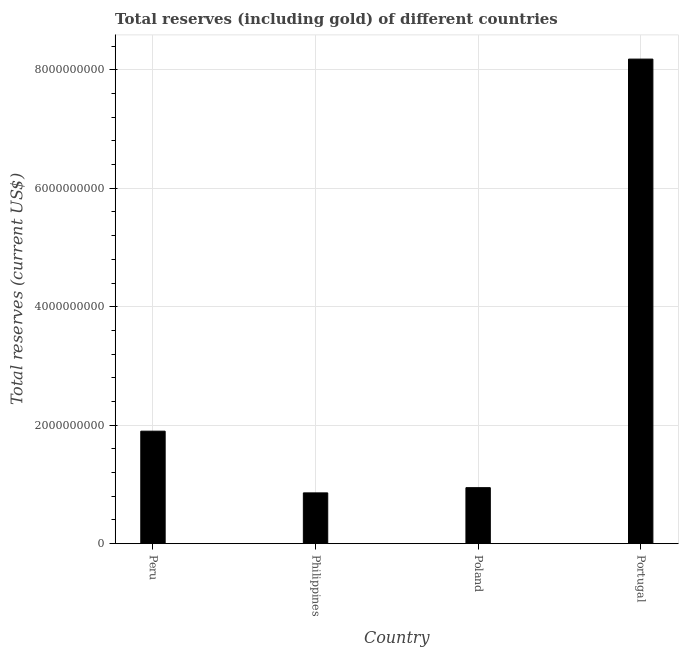
| Country | Total reserves (includes gold |
 | --- | --- |
 | Peru | 1.9e+09 |
 | Philippines | 8.57e+08 |
 | Poland | 9.45e+08 |
 | Portugal | 8.18e+09 |